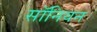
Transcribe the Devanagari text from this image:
सॉनियन